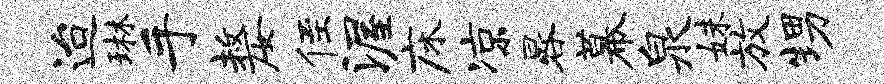
迨琳手嫠侄渥床凉晷幕泉妹放甥